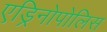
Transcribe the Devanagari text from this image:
एड्रिनोपोलिस